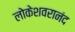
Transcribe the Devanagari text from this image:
लोकेशवरानंद